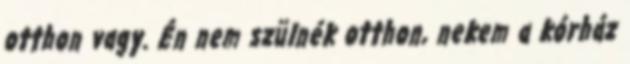
otthon vagy. Én nem szülnék otthon, nekem a kórház